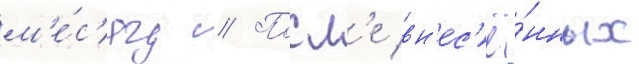
м'е́с'яц // Посл'е вн'ес'ё́нных